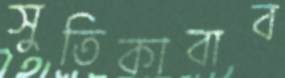
সুতিকাবাব